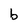
Character: b